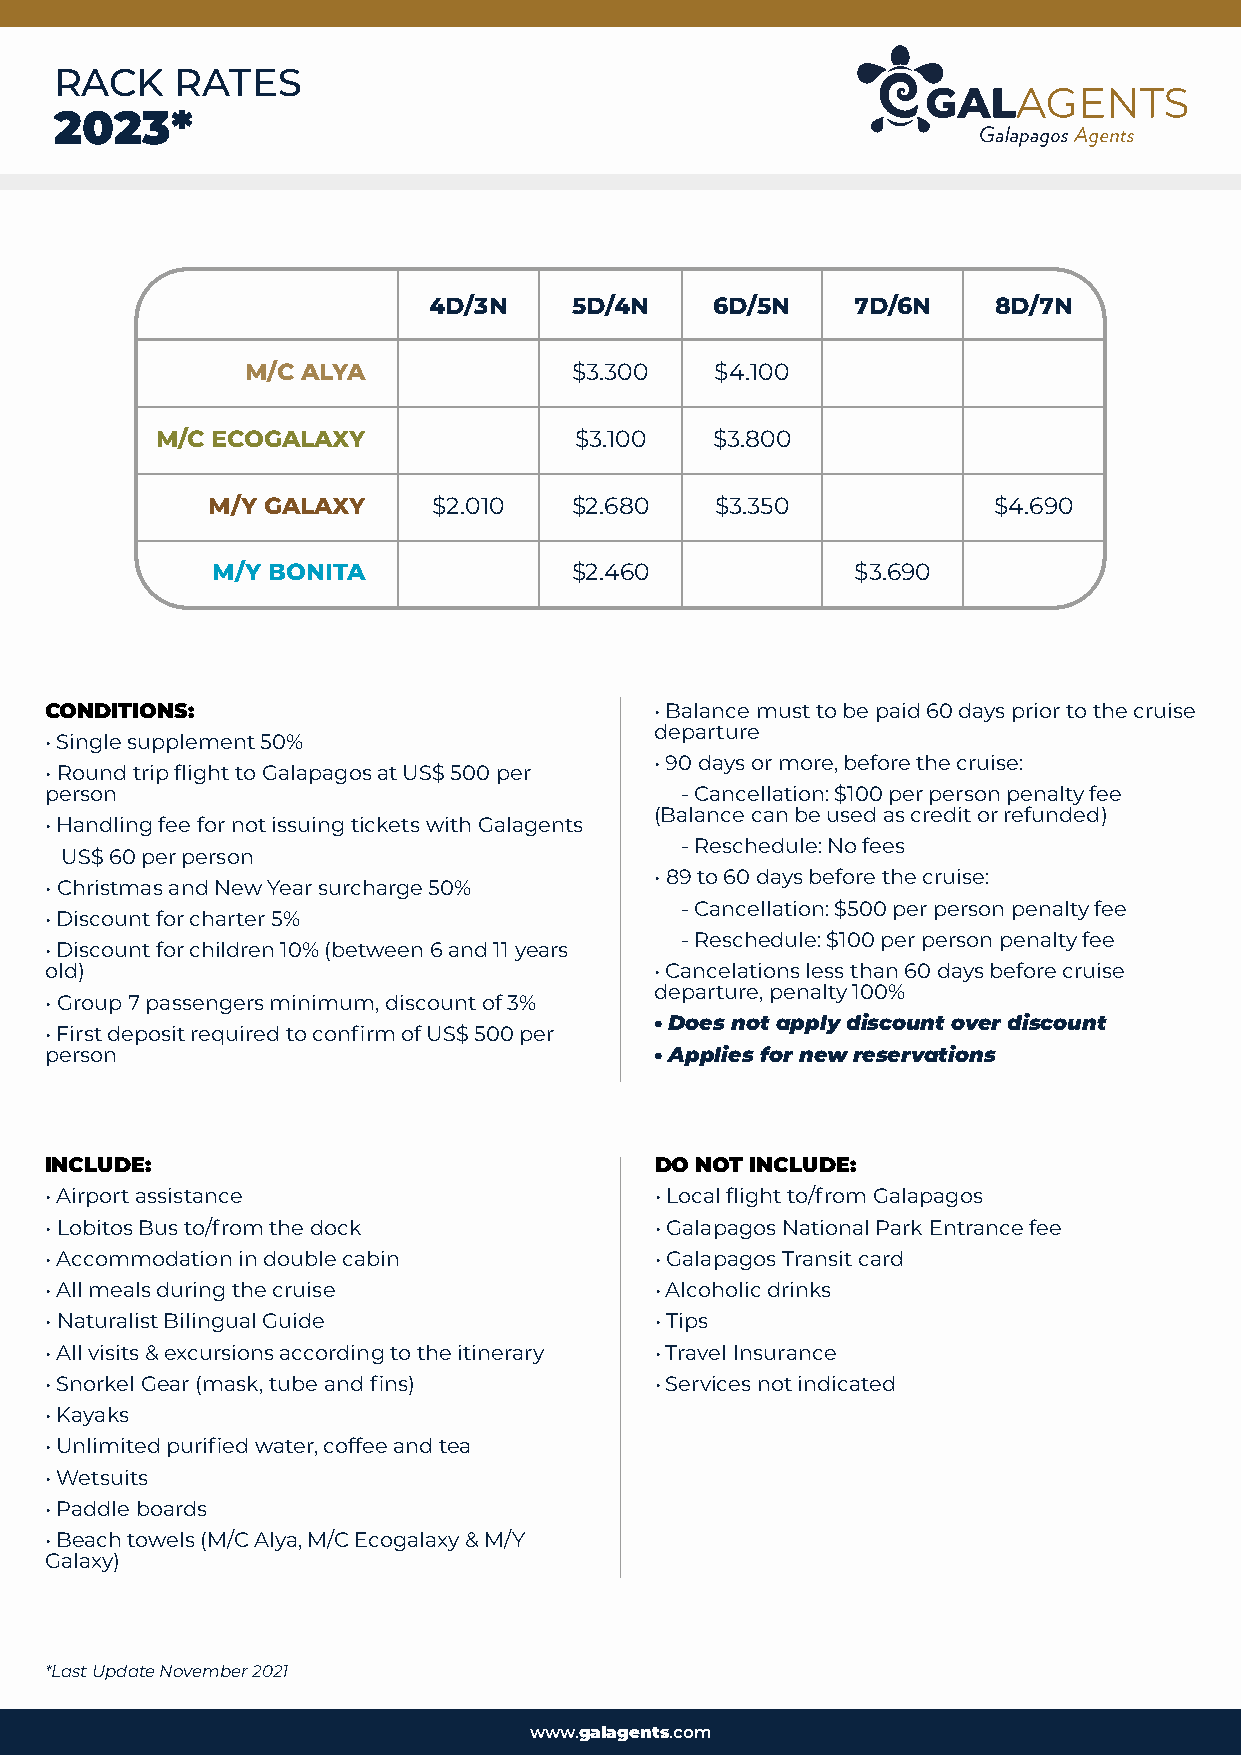
RACK    RATES
 2023*
 4D/3N     5D/4N    6D/5N     7D/6N    8D/7N
 M/C ALYA              $3.300   $4.100
 M/C ECOGALAXY               $3.100   $3.800
 M/Y GALAXY     $2.010   $2.680   $3.350             $4.690
 M/Y BONITA              $2.460             $3.690
 CONDITIONS:                             • Balance must to be paid 60 days prior to the cruise
 departure
 • Single supplement 50%
 • 90 days or more, before the cruise:
 • Round trip flight to Galapagos at US$ 500 per
 person                                    - Cancellation: $100 per person penalty fee
 (Balance can be used as credit or refunded)
 • Handling fee for not issuing tickets with Galagents
 - Reschedule: No fees
 US$ 60 per person
 • 89 to 60 days before the cruise:
 • Christmas and New Year surcharge 50%
 - Cancellation: $500 per person penalty fee
 • Discount for charter 5%
 - Reschedule: $100 per person penalty fee
 • Discount for children 10% (between 6 and 11 years
 old)                                    • Cancelations less than 60 days before cruise
 departure, penalty 100%
 • Group 7 passengers minimum, discount of 3%
 • Does not apply discount over discount
 • First deposit required to confirm of US$ 500 per
 person                                  • Applies for new reservations
 INCLUDE:                                DO NOT INCLUDE:
 • Airport assistance                    • Local flight to/from Galapagos
 • Lobitos Bus to/from the dock          • Galapagos National Park Entrance fee
 • Accommodation in double cabin         • Galapagos Transit card
 • All meals during the cruise           • Alcoholic drinks
 • Naturalist Bilingual Guide            • Tips
 • All visits & excursions according to the itinerary • Travel Insurance
 • Snorkel Gear (mask, tube and fins)    • Services not indicated
 • Kayaks
 • Unlimited purified water, coffee and tea
 • Wetsuits
 • Paddle boards
 • Beach towels (M/C Alya, M/C Ecogalaxy & M/Y
 Galaxy)
 *Last Update November 2021
 www.galagents.com